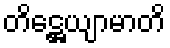
တိဋ္ဌေယျာမာတိ